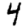
Digit: 4